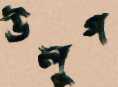
উলুগ